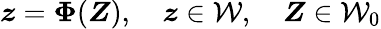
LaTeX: \boldsymbol{z}=\boldsymbol\Phi(\boldsymbol{Z}),\quad\boldsymbol{z}\in{\mathcal W},\quad\boldsymbol{Z}\in{\mathcal W}_{0}